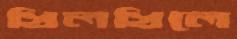
খিলখিলে